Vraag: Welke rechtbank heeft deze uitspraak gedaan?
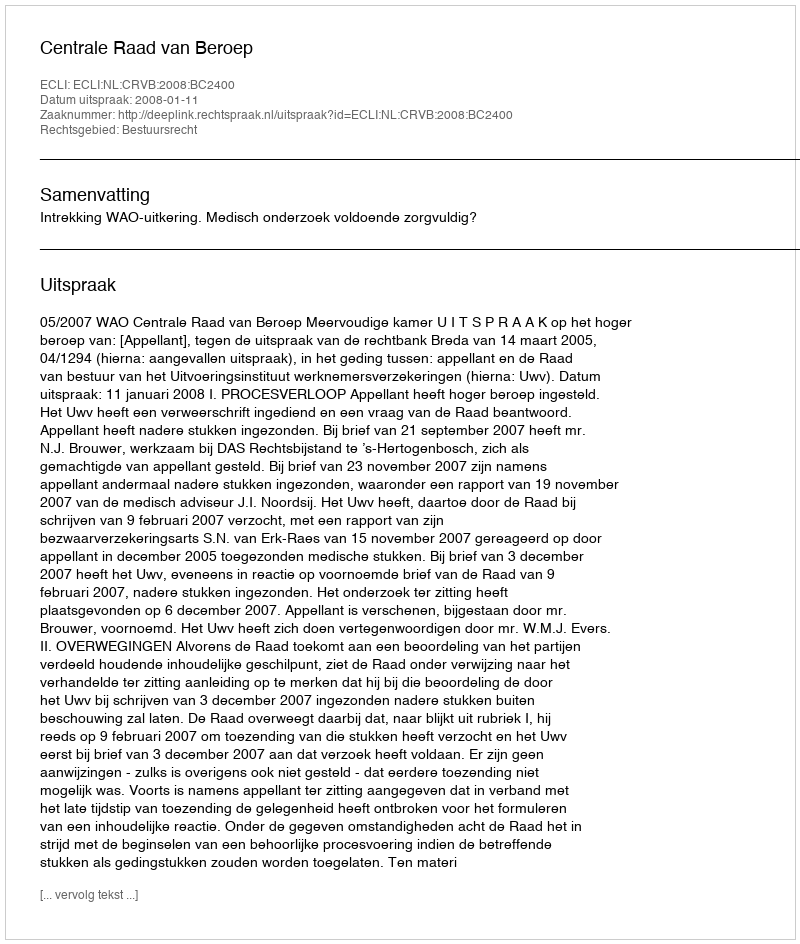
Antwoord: Centrale Raad van Beroep